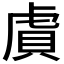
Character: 𬟫